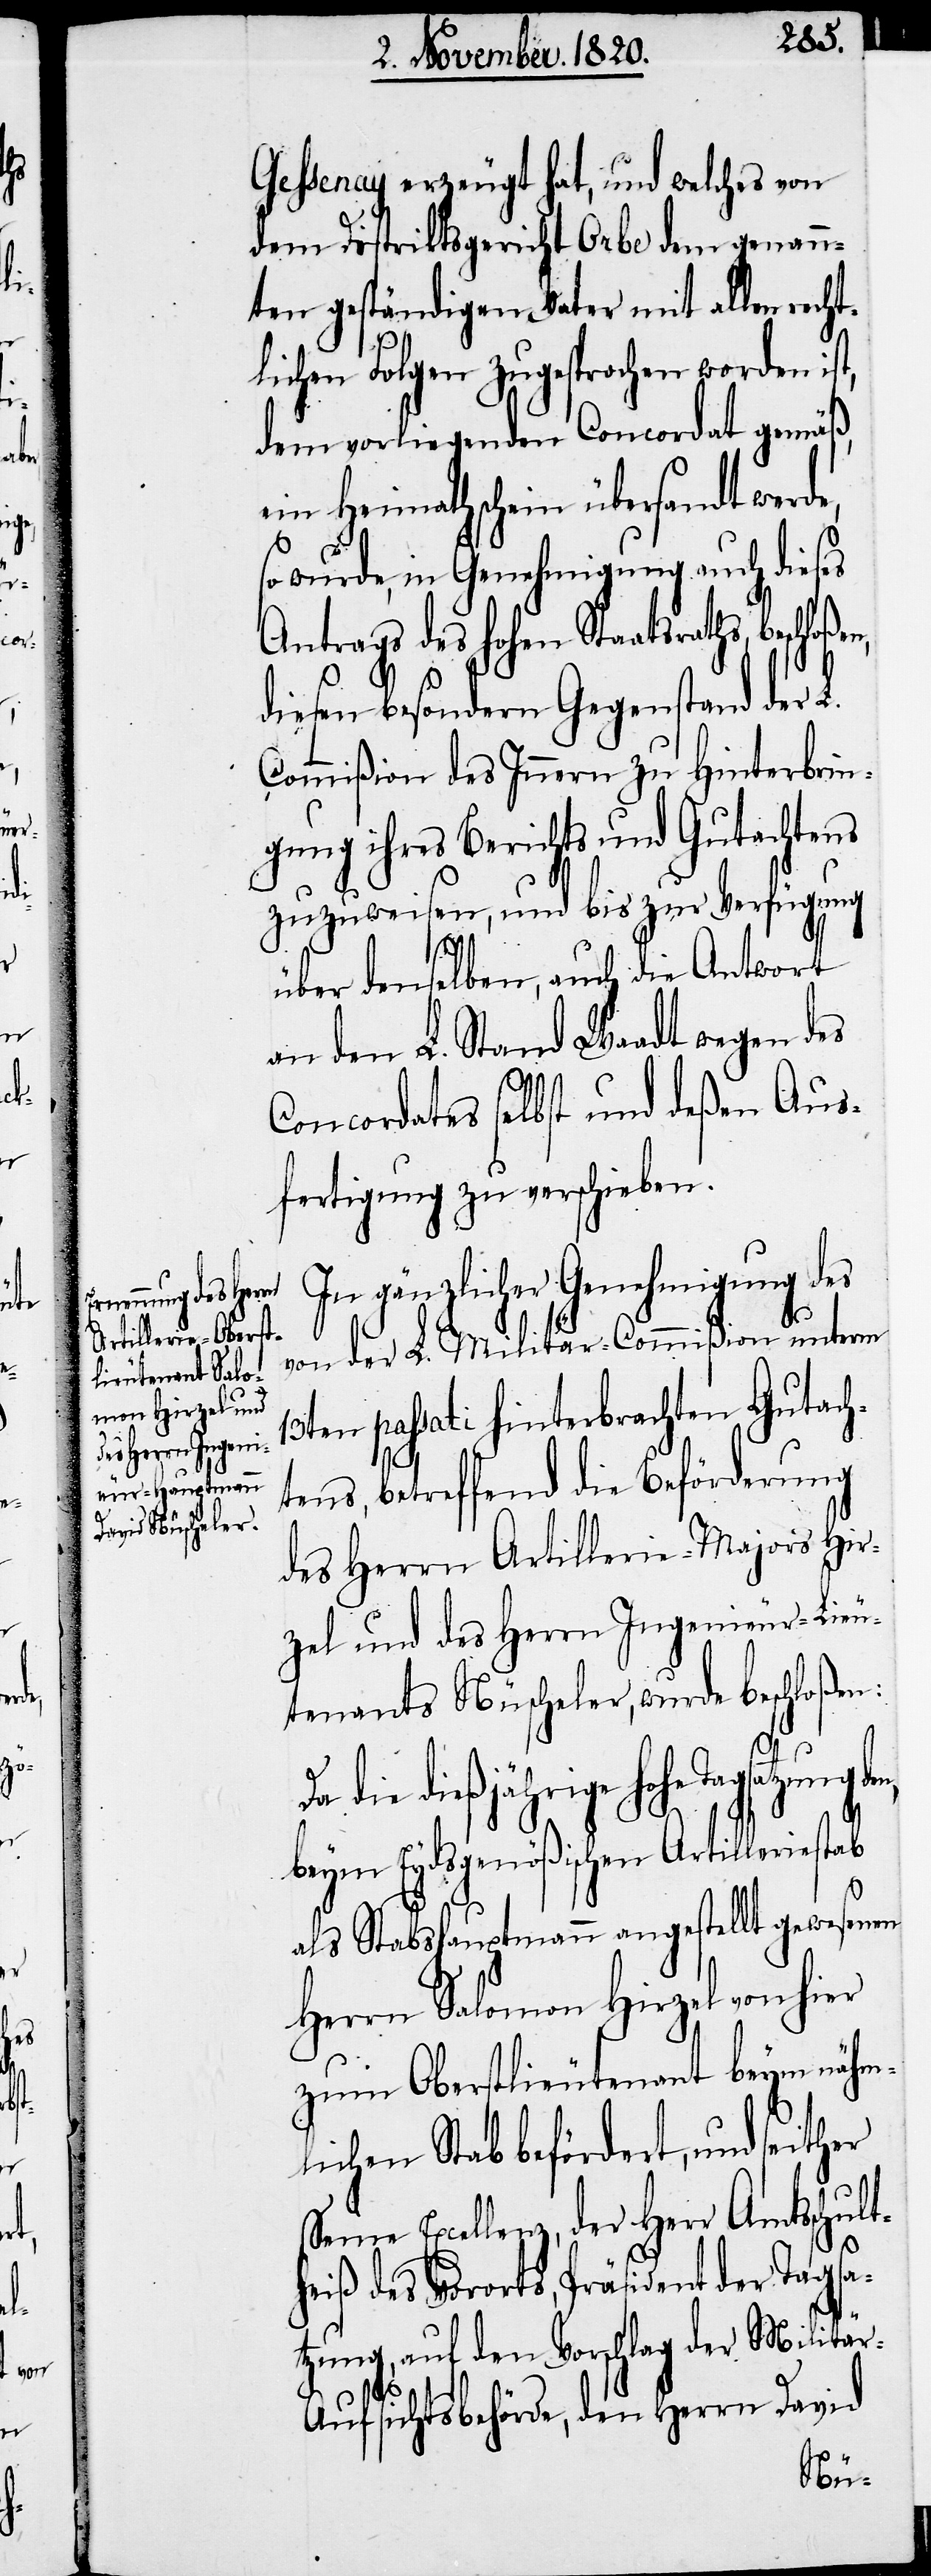
er

Gessenay erzeugt hat, und welches von
dem Distriktsgericht Orbe dem genann¬
ten geständigen Vater mit allen recht¬
lichen Folgen zugesprochen worden ist,
dem vorliegenden Concordat gemäß,
ein Heimathschein übersandt werde,
so wurde, in Genehmigung auch dieses
Antrags des hohen Staatsraths,
diesen besondern Gegenstand der L.
Commißion des Innern zu Hinterbrin¬
gung ihres Berichts und Gutachtens
zuzuweisen, und bis zur Verfügung
über denselben, auch die Antwort
an den L. Stand Waadt wegen des
Concordates selbst und deßen Aus¬
fertigung zu verschieben.
In gänzlicher Genehmigung des
von der L. Militär-Commißion unterm
13ten passati hinterbrachten Gutach¬
tens, betreffend die Beförderung
des Herrn Artillerie-Majors Hir¬
zel und des Herrn Ingenieur-Lieu¬
tenants Nüscheler, wurde beschloßen:
Da die dießjährige hohe Tagsatzung
beym Eydsgenößischen Artilleriestab
als Stabshauptmann angestellt gewesenen
Herrn Salomon Hirzel von hier
zum Oberstlieutenant beym nähm¬
lichen Stab befördert, und seith¬
Seine Excellenz, der Herr Amtsschult¬
heiß des Vororts, Präsident der Tagsa¬
tzung, auf den Vorschlag der Militär-A¬
ufsichtsbehörde, den Herrn David